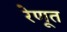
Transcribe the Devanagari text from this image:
रेणूत